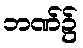
ဘဏ်၌